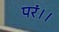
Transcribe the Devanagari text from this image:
परं।।